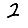
Digit: 2